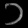
Digit: ၁